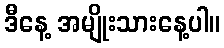
ဒီနေ့ အမျိုးသားနေ့ပါ။